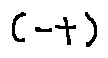
( - t )